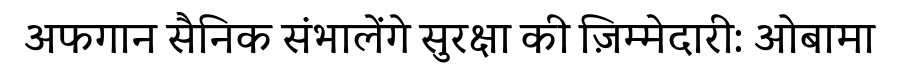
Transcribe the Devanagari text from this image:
अफगान सैनिक संभालेंगे सुरक्षा की ज़िम्मेदारी: ओबामा